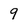
Character: 9